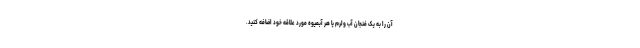
آن را به یک فنجان آب ولرم یا هر آبمیوه مورد علاقه خود اضافه کنید.